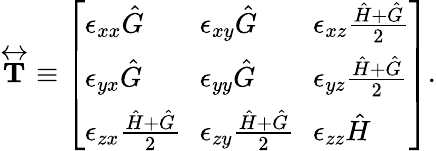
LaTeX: \begin{array}{r}{\overleftrightarrow{\mathbf{T}}\equiv\left[\begin{array}{lll}{\epsilon_{xx}\hat{G}\! }&{\! \epsilon_{xy}\hat{G}\! }&{\! \epsilon_{xz}\frac{\hat{H}+\hat{G}}{2}}\\ {\epsilon_{yx}\hat{G}\! }&{\! \epsilon_{yy}\hat{G}\! }&{\! \epsilon_{yz}\frac{\hat{H}+\hat{G}}{2}}\\ {\epsilon_{zx}\frac{\hat{H}+\hat{G}}{2}\! }&{\! \epsilon_{zy}\frac{\hat{H}+\hat{G}}{2}\! }&{\! \epsilon_{zz}\hat{H}}\end{array}\right].}\end{array}